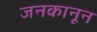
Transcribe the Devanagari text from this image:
जनकानून